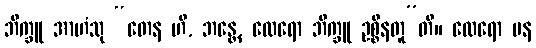
ဘိက္ခူ အာဟံသု “တေန ဟိ, ဘန္တေ, ထေရော ဘိက္ခူ ဥစ္စိနတူ”တိ။ ထေရော ပန